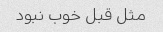
مثل قبل خوب نبود